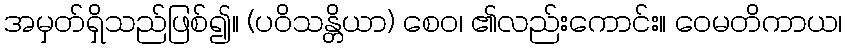
အမှတ်ရှိသည်ဖြစ်၍။ (ပဝိသန္တိယာ) စေဝ၊ ၏လည်းကောင်း။ ဝေမတိကာယ၊